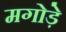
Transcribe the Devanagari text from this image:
मगोड़े